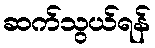
ဆက်သွယ်ရန်